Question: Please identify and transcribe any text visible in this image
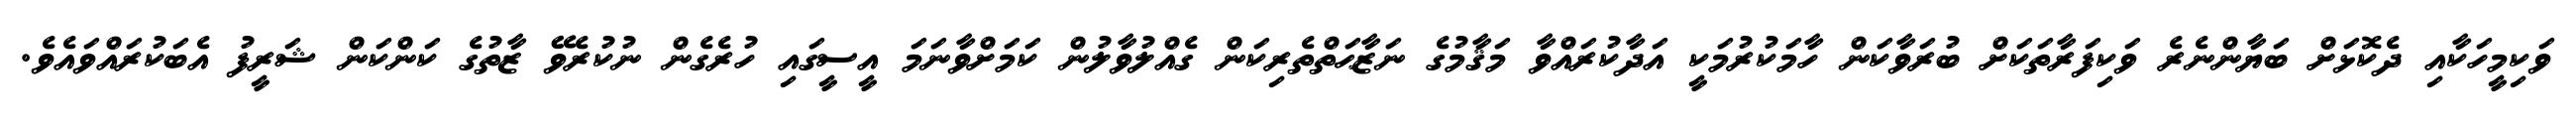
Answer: ވަކިމީހަކާއި ދެކޮޅަށް ބަޔާންނެރެ ވަކިފަރާތަކަށް ބުރަވާކަން ހާމަކުރުމަކީ އަދާކުރައްވާ މަޤާމުގެ ނަޒާޙަތްތެރިކަން ގެއްލުވާލުން ކަމަށްވާނަމަ އީސީގައި ހުރެގެން ނުކުރެވޭ ޒާތުގެ ކަންކަން ޝަރީފު އެބަކުރައްވައެވެ.